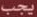
يجب